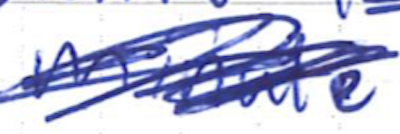
Text: minute
Cross-out: mix
Writing tool: ballpoint